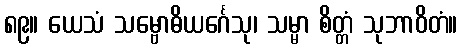
၈၉။ ယေသံ သမ္ဗောဓိယင်္ဂေသု၊ သမ္မာ စိတ္တံ သုဘာဝိတံ။